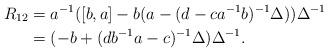
LaTeX: \begin{align*}R_{12}&=a^{-1}([b,a]-b(a-(d-ca^{-1}b)^{-1}\Delta))\Delta^{-1}\\&=(-b+(db^{-1}a-c)^{-1}\Delta)\Delta^{-1}.\end{align*}